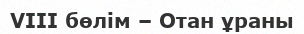
VIII бөлім – Отан ұраны